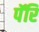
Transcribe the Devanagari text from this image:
पॅरि